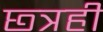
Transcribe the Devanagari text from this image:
छ्त्रही